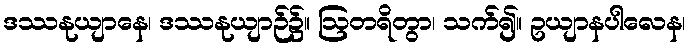
ဒဿနုယျာနေ၊ ဒဿနုယျာဉ်၌။ ဩတရိတွာ၊ သက်၍။ ဥယျာနပါလေန၊